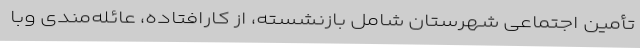
تأمین اجتماعی شهرستان شامل بازنشسته، از کارافتاده، عائله‌مندی وبا